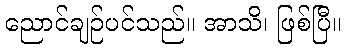
ညောင်ချဉ်ပင်သည်။ အာသိ၊ ဖြစ်ပြီ။